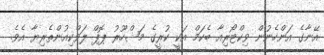
އޭނާގެ އަންހެނުން ވިކްޓޯރިއާ ބެކަމް އަކީ ކުރީގެ މަޝްހޫރު ޕޮޕް ލަވްކިއުންތެރިޔާ އެވެ.